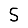
Digit: 5